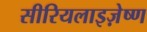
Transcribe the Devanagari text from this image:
सीरियलाइज़ेष्ण